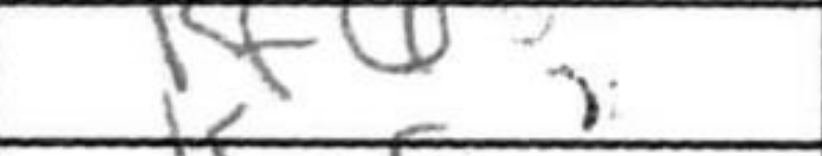
Transcription: Kf6